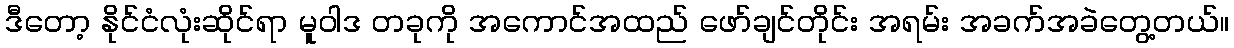
ဒီတော့ နိုင်ငံလုံးဆိုင်ရာ မူဝါဒ တခုကို အကောင်အထည် ဖော်ချင်တိုင်း အရမ်း အခက်အခဲတွေ့တယ်။